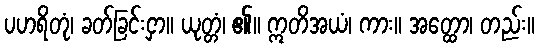
ပဟရိတုံ၊ ခတ်ခြင်းငှာ။ ယုတ္တံ၊ ၏။ ဣတိအယံ၊ ကား။ အတ္ထော၊ တည်း။